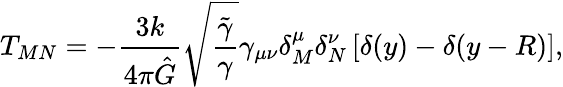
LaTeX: T_{MN}=-\frac{3k}{4\pi\hat{G}}\sqrt{\frac{\tilde{\gamma}}{\gamma}}\gamma_{\mu\nu}\delta_{M}^{\mu}\delta_{N}^{\nu}\left[\delta(y)-\delta(y-R)\right],